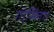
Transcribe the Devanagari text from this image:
गोस्लिग